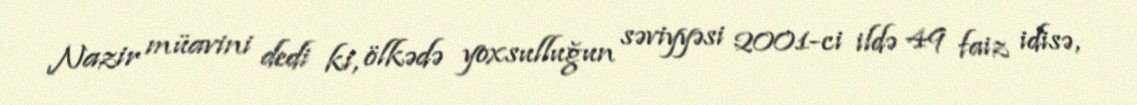
Nazir müavini dedi ki, ölkədə yoxsulluğun səviyyəsi 2001-ci ildə 49 faiz idisə,